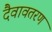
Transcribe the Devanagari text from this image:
दैवावतरण